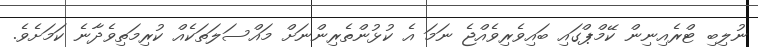
ނުލިބި ޓްރެއިނިން ކޭމްޕްގައި ބައިވެރިވެއްޖެ ނަމަ އެ ކުޅުންތެރިންނަށް މައްސަލަތަކެއް ކުރިމަތިވެދާނެ ކަމަށެވެ.